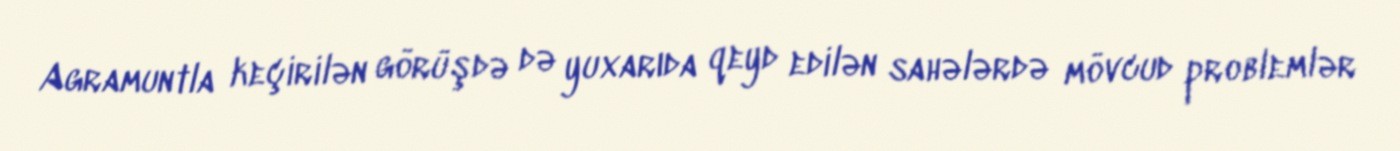
Agramuntla keçirilən görüşdə də yuxarıda qeyd edilən sahələrdə mövcud problemlər